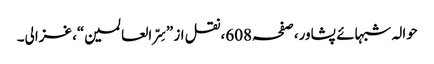
حوالہ شبہائے پشاور،صفحہ608،نقل از ”سِرّ العالمین“، غزالی۔